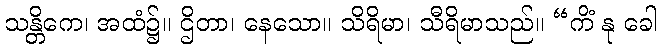
သန္တိကေ၊ အထံ၌။ ဌိတာ၊ နေသော။ သိရိမာ၊ သီရိမာသည်။ “ကိံ နု ခေါ